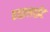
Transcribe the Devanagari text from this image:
हाइलाईट